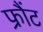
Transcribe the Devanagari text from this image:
फ्रौंट